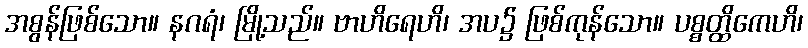
အစွန်ဖြစ်သော။ နဂရံ၊ မြို့သည်။ ဗာဟိရေဟိ၊ အပ၌ ဖြစ်ကုန်သော။ ပစ္စတ္ထိကေဟိ၊